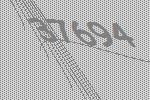
37694